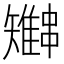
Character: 𫡍